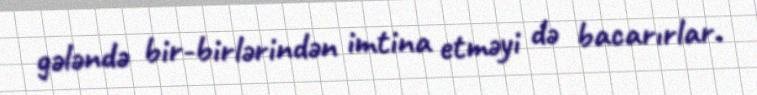
gələndə bir-birlərindən imtina etməyi də bacarırlar.